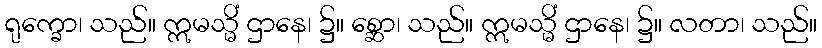
ရုက္ခော၊ သည်။ ဣမသ္မိံ ဌာနေ၊ ၌။ စ္ဆော၊ သည်။ ဣမသ္မိံ ဌာနေ၊ ၌။ လတာ၊ သည်။